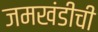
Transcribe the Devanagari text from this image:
जमखंडीची